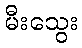
မီးသွေး